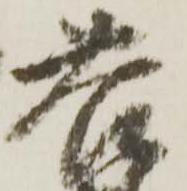
苦